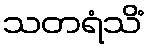
သတရံသိံ